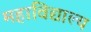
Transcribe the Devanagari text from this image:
महाविद्याल्य